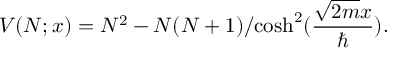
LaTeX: V ( N ; x ) = N ^ { 2 } - { N ( N + 1 ) } / { \cosh ^ { 2 } ( { \frac { \sqrt { 2 m } x } { \hbar } } ) } .